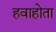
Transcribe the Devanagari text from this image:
हवाहोता